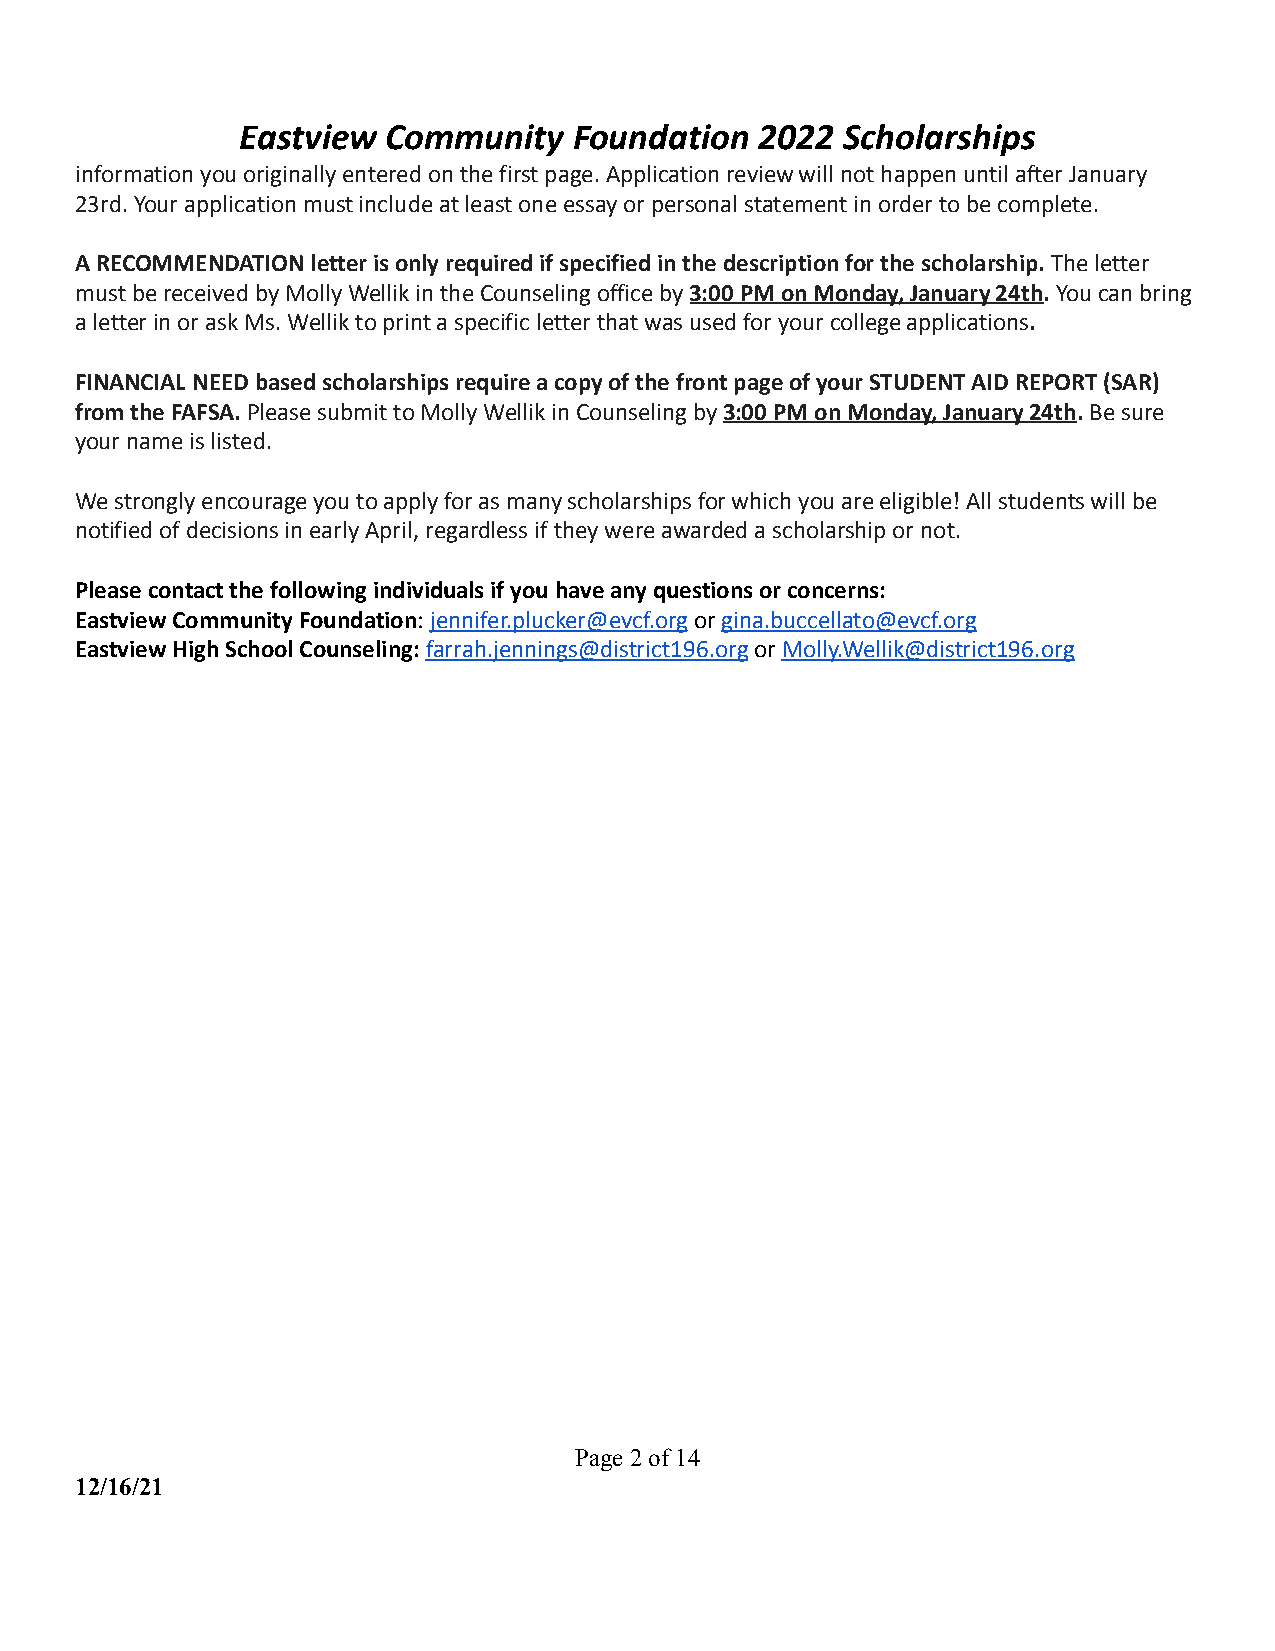
Eastview  Community   Foundation  2022  Scholarships
 information you originally entered on the first page. Application review will not happen until after January
 23rd. Your application must include at least one essay or personal statement in order to be complete.
 A RECOMMENDATION letter is only required if specified in the description for the scholarship.The letter
 must be received by Molly Wellik in the Counseling office by3:00 PM on Monday, January 24th.You canbring
 a letter in or ask Ms. Wellik to print a specific letter that was used for your college applications.
 FINANCIAL NEED based scholarships require a copy of the front page of your STUDENT AID REPORT (SAR)
 from the FAFSA.Please submit to Molly Wellik in Counselingby3:00 PM on Monday, January 24th.Be sure
 your name is listed.
 We strongly encourage you to apply for as many scholarships for which you are eligible! All students will be
 notified of decisions in early April, regardless if they were awarded a scholarship or not.
 Please contact the following individuals if you have any questions or concerns:
 Eastview Community Foundation:jennifer.plucker@evcf.orgorgina.buccellato@evcf.org
 Eastview High School Counseling:farrah.jennings@district196.orgorMolly.Wellik@district196.org
 Page2of14
 12/16/21